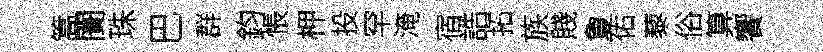
篙闠珠巴群鈞悵柙投罕淹宿誥拓族賤夐佑藜俗算饗